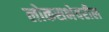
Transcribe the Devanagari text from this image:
लोकसभेवरील